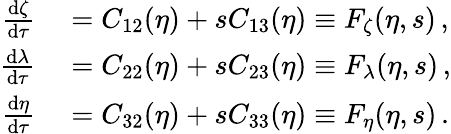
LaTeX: \begin{array}{rl}{\frac{\mathrm{d}\zeta}{\mathrm{d}\tau}}&{{}=C_{12}(\eta)+sC_{13}(\eta)\equiv F_{\zeta}(\eta,s)\, ,}\\ {\frac{\mathrm{d}\lambda}{\mathrm{d}\tau}}&{{}=C_{22}(\eta)+sC_{23}(\eta)\equiv F_{\lambda}(\eta,s)\, ,}\\ {\frac{\mathrm{d}\eta}{\mathrm{d}\tau}}&{{}=C_{32}(\eta)+sC_{33}(\eta)\equiv F_{\eta}(\eta,s)\, .}\end{array}